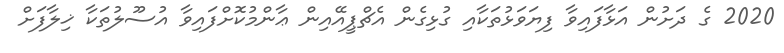
2020 ގެ ދަށުން އަޅާފައިވާ ފިޔަވަޅުތަކާއި ގުޅިގެން އެޗްޕީއޭއިން ޢާންމުކޮށްފައިވާ އުސޫލުތަކާ ޚިލާފަށް